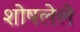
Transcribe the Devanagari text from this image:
शोषलेले